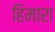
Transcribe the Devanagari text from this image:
हिमारा